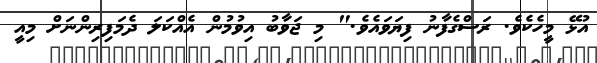
އުޅޭ މީހެކެވެ. ރަސްގެފާނު ފިޔަވައެވެ." މި ޖަވާބު އިވުމުން އެއްކަލަ ދެމަފިރިންނަށް މިއީ